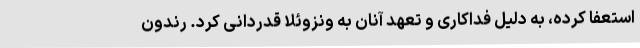
استعفا کرده، به دلیل فداکاری و تعهد آنان به ونزوئلا قدردانی کرد. رندون